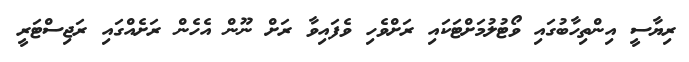
ރިޔާސީ އިންތިހާބުގައި ވޯޓުލުމަށްޓަކައި ރަށްވެހި ވެފައިވާ ރަށް ނޫން އެހެން ރަށެއްގައި ރަޖިސްޓަރީ